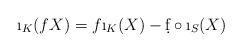
LaTeX: \begin{align*}\i_K(fX)=f\i_K(X)-\d f\circ \i_S(X)\end{align*}